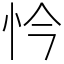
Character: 忴